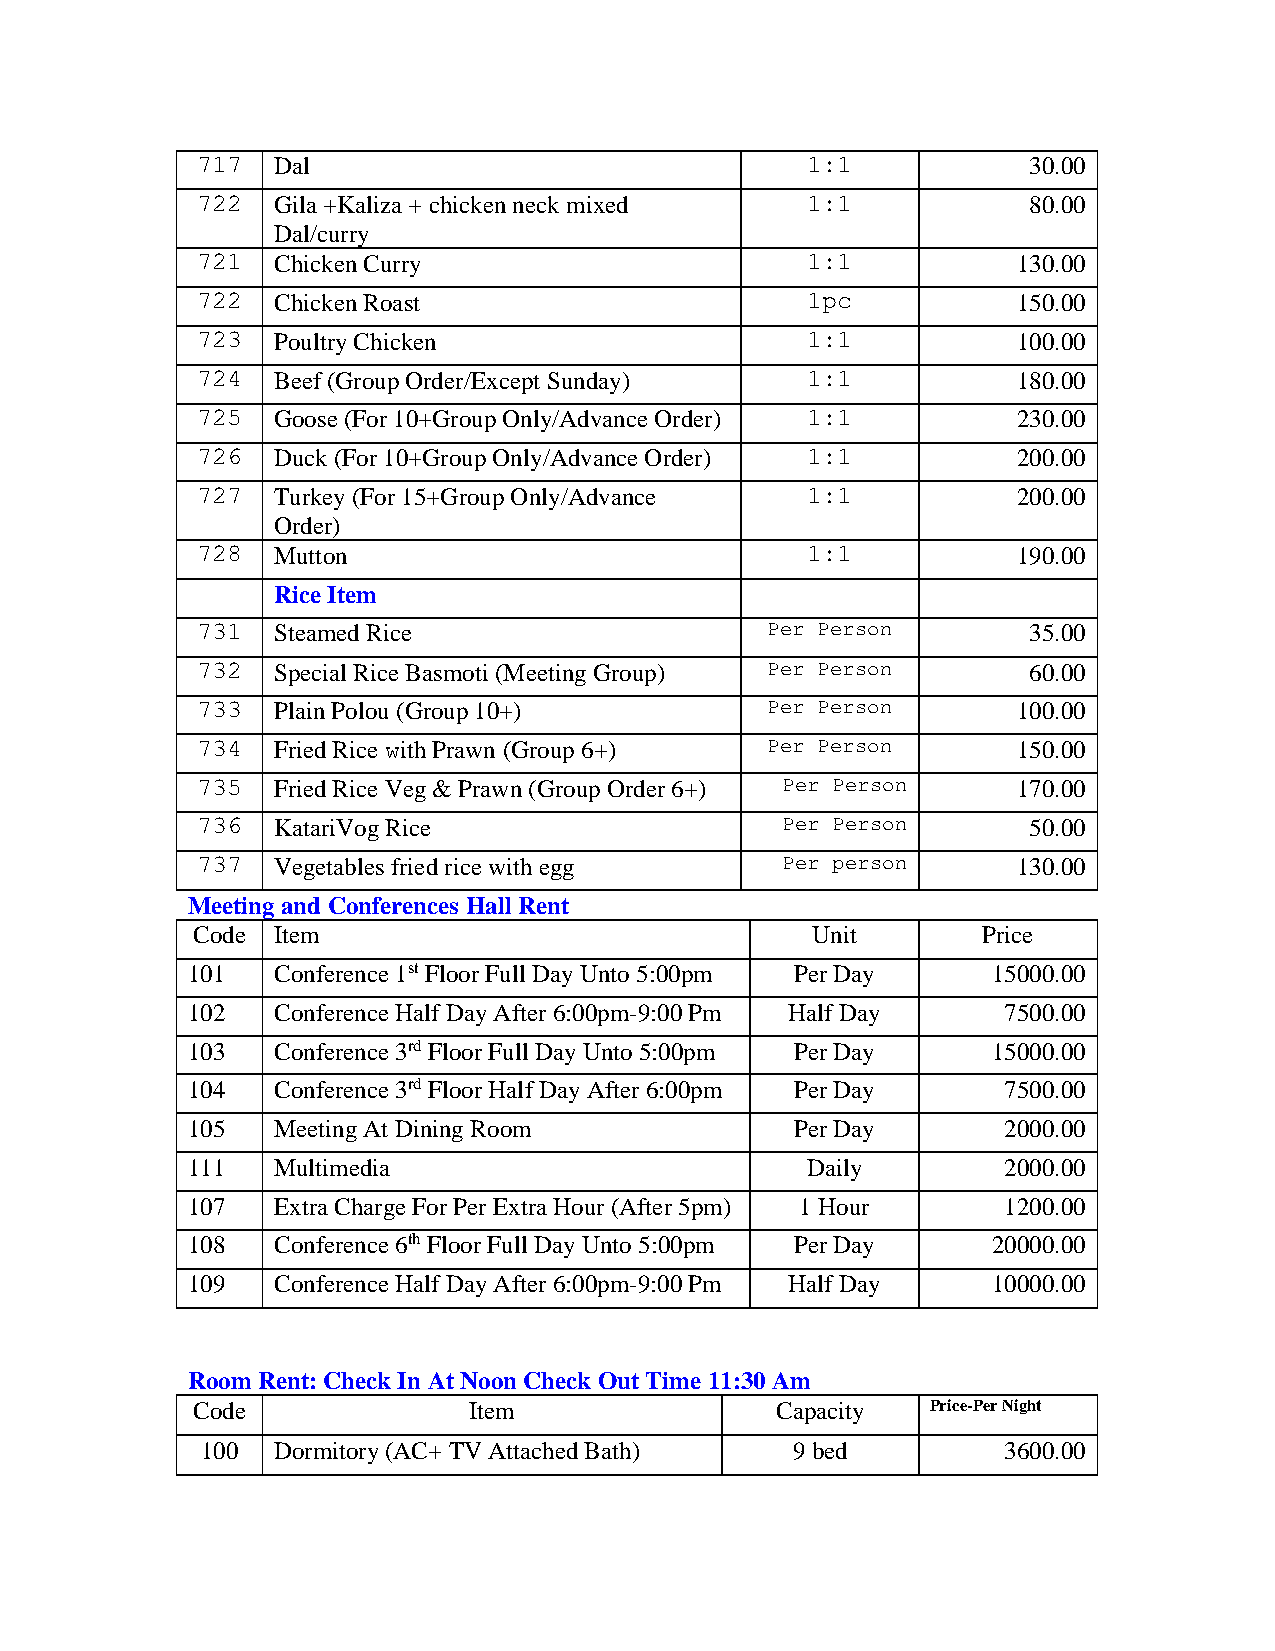
717  Dal                                1:1            30.00
 722  Gila +Kaliza + chicken neck mixed  1:1            80.00
 Dal/curry
 721  Chicken Curry                      1:1           130.00
 722  Chicken Roast                      1pc           150.00
 723  Poultry Chicken                    1:1           100.00
 724  Beef (Group Order/Except Sunday)   1:1           180.00
 725  Goose (For 10+Group Only/Advance Order) 1:1      230.00
 726  Duck (For 10+Group Only/Advance Order) 1:1       200.00
 727  Turkey (For 15+Group Only/Advance  1:1           200.00
 Order)
 728  Mutton                             1:1           190.00
 Rice Item
 731  Steamed Rice                     Per Person       35.00
 732  Special Rice Basmoti (Meeting Group) Per Person   60.00
 733  Plain Polou (Group 10+)          Per Person      100.00
 734  Fried Rice with Prawn (Group 6+) Per Person      150.00
 735  Fried Rice Veg & Prawn (Group Order 6+) Per Person 170.00
 736  KatariVog Rice                    Per Person      50.00
 737  Vegetables fried rice with egg    Per person     130.00
 Meeting and Conferences Hall Rent
 Code Item                                Unit       Price
 101   Conference 1st Floor Full Day Unto 5:00pm Per Day 15000.00
 102   Conference Half Day After 6:00pm-9:00 Pm Half Day 7500.00
 103   Conference 3rd Floor Full Day Unto 5:00pm Per Day 15000.00
 104   Conference 3rd Floor Half Day After 6:00pm Per Day 7500.00
 105   Meeting At Dining Room             Per Day       2000.00
 111   Multimedia                         Daily         2000.00
 107   Extra Charge For Per Extra Hour (After 5pm) 1 Hour 1200.00
 108   Conference 6th Floor Full Day Unto 5:00pm Per Day 20000.00
 109   Conference Half Day After 6:00pm-9:00 Pm Half Day 10000.00
 Room Rent: Check In At Noon Check Out Time 11:30 Am
 Code              Item                Capacity   Price-Per Night
 100  Dormitory (AC+ TV Attached Bath)  9 bed          3600.00